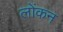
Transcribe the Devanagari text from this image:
लोंकन